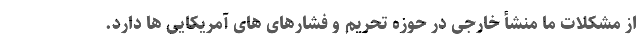
از مشکلات ما منشأ خارجی در حوزه تحریم و فشارهای های آمریکایی ها دارد.